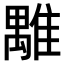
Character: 𩀍